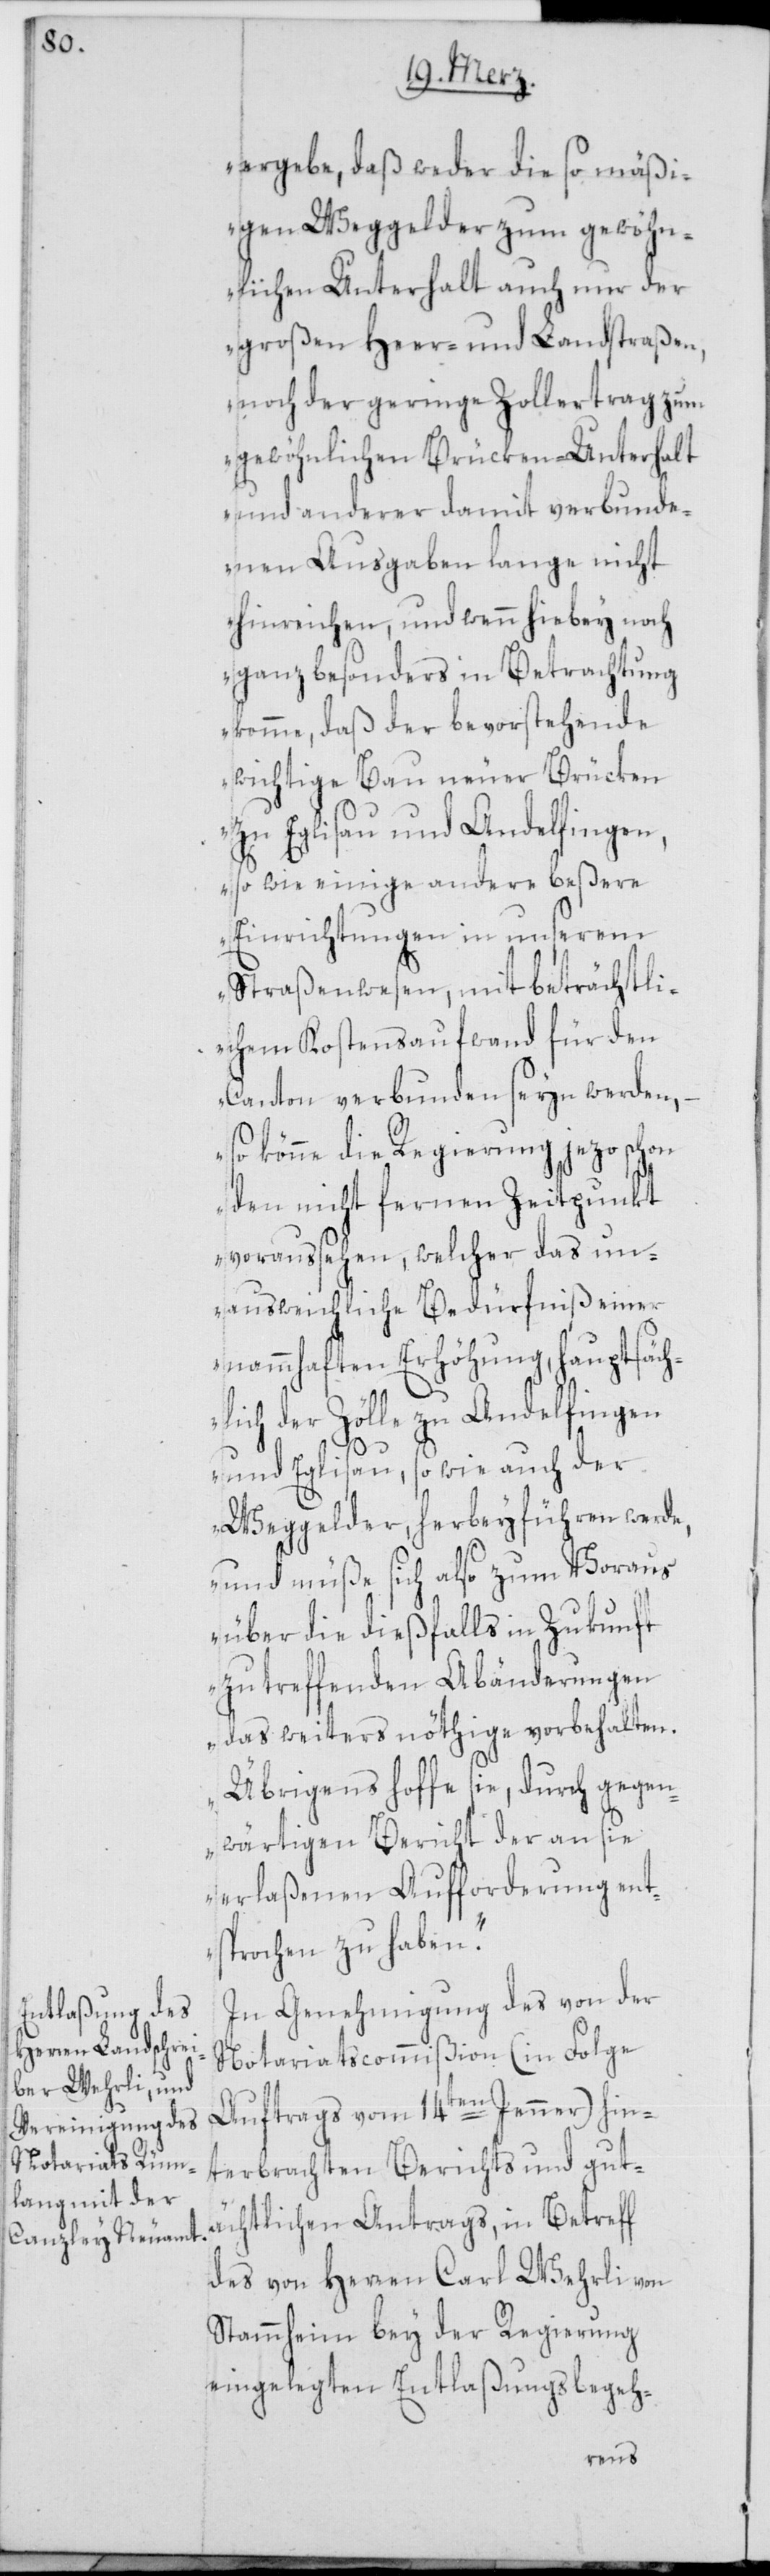
ergebe, daß weder die so mäßi¬
gen Weggelder zum gewöhn¬
lichen Unterhalt auch nur der
großen Heer- und Landstraßen,
noch der geringere Zollertrag zum
gewöhnlichen Brücken-Unterhalt
und anderer damit verbunde¬
nen Ausgaben lange nicht
hinreichen, und wenn hiebey noch
ganz besonders in Betrachtung
komme, daß der bevorstehende
wichtige Bau neuer Brücken
zu Eglisau und Andelfingen,
so wie einige andere beßere
Einrichtungen in unserem
Straßenwesen, mit beträchtli¬
chem Kostensaufwand für den
Canton verbunden seyn werden, –
so könne die Regierung jezo schon
den nicht fernen Zeitpunkt
voraussehen, welcher das un¬
ausweichliche Bedürfniß einer
nammhaften Erhöhung, hauptsäch¬
lich der Zölle zu Andelfingen
und Eglisau, so wie auch der
Weggelder, herbeyführen werde,
und müße sich also zum Voraus
über die dießfalls in Zukunft
zu treffenden Abänderungen
das weiters nöthige vorbehalten.
Übrigens hoffe sie, durch gegen¬
wärtigen Bericht der an sie
erlaßenen Aufforderung ent¬
sprochen zu haben.“
In Genehmigung des von der
Notariatscommißion (in Folge
Auftrags vom 14ten Jenner) hin¬
terbrachten Berichts und gut¬
ächtlichen Antrags, in Betreff
des von Herren Carl Wehrli von
Stammheim bey der Regierung
eingelegten Entlaßungsbegeh-